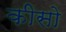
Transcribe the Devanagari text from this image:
कीसो